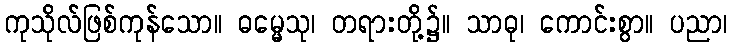
ကုသိုလ်ဖြစ်ကုန်သော။ ဓမ္မေသု၊ တရားတို့၌။ သာဓု၊ ကောင်းစွာ။ ပညာ၊